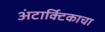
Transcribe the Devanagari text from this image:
अंटार्क्टिकाचा